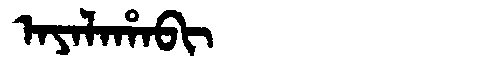
Manchu: ᠠᠶᠠᠯᠠᡥᠠᠪᡳ
Romanization: AYALAHABI